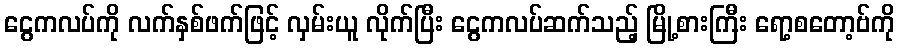
ငွေကလပ်ကို လက်နှစ်ဖက်ဖြင့် လှမ်းယူ လိုက်ပြီး ငွေကလပ်ဆက်သည့် မြို့စားကြီး ရော့စတော့ဗ်ကို